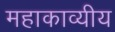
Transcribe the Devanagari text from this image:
महाकाव्यीय